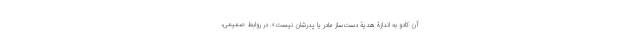
آن کادو به اندازۀ هدیۀ دست‌سازِ مادر یا پدرشان نیست». در روابط صمیمی،